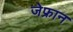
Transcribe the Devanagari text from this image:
जेफ्रान